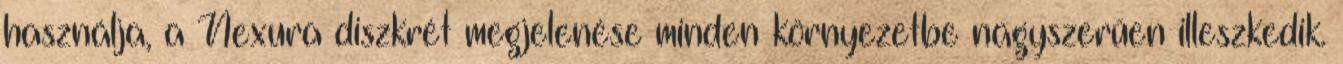
használja, a Nexura diszkrét megjelenése minden környezetbe nagyszerűen illeszkedik.